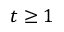
t \geq 1